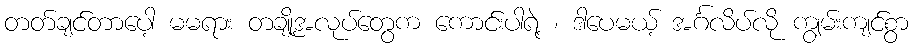
တတ်ချင်တာပေါ့ မမရား တချို့အလုပ်တွေက ကောင်းပါရဲ့ ၊ ဒါပေမယ့် အင်္ဂလိပ်လို ကျွမ်းကျင်စွာ